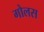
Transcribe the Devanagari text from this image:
गोलस